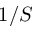
1 / S